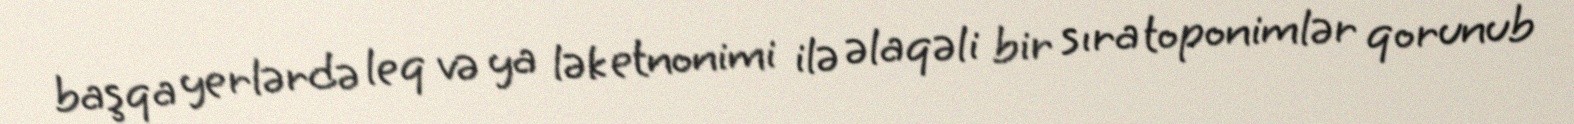
başqa yerlərdə leq və ya lək etnonimi ilə əlaqəli bir sıra toponimlər qorunub